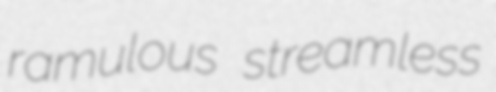
ramulous streamless